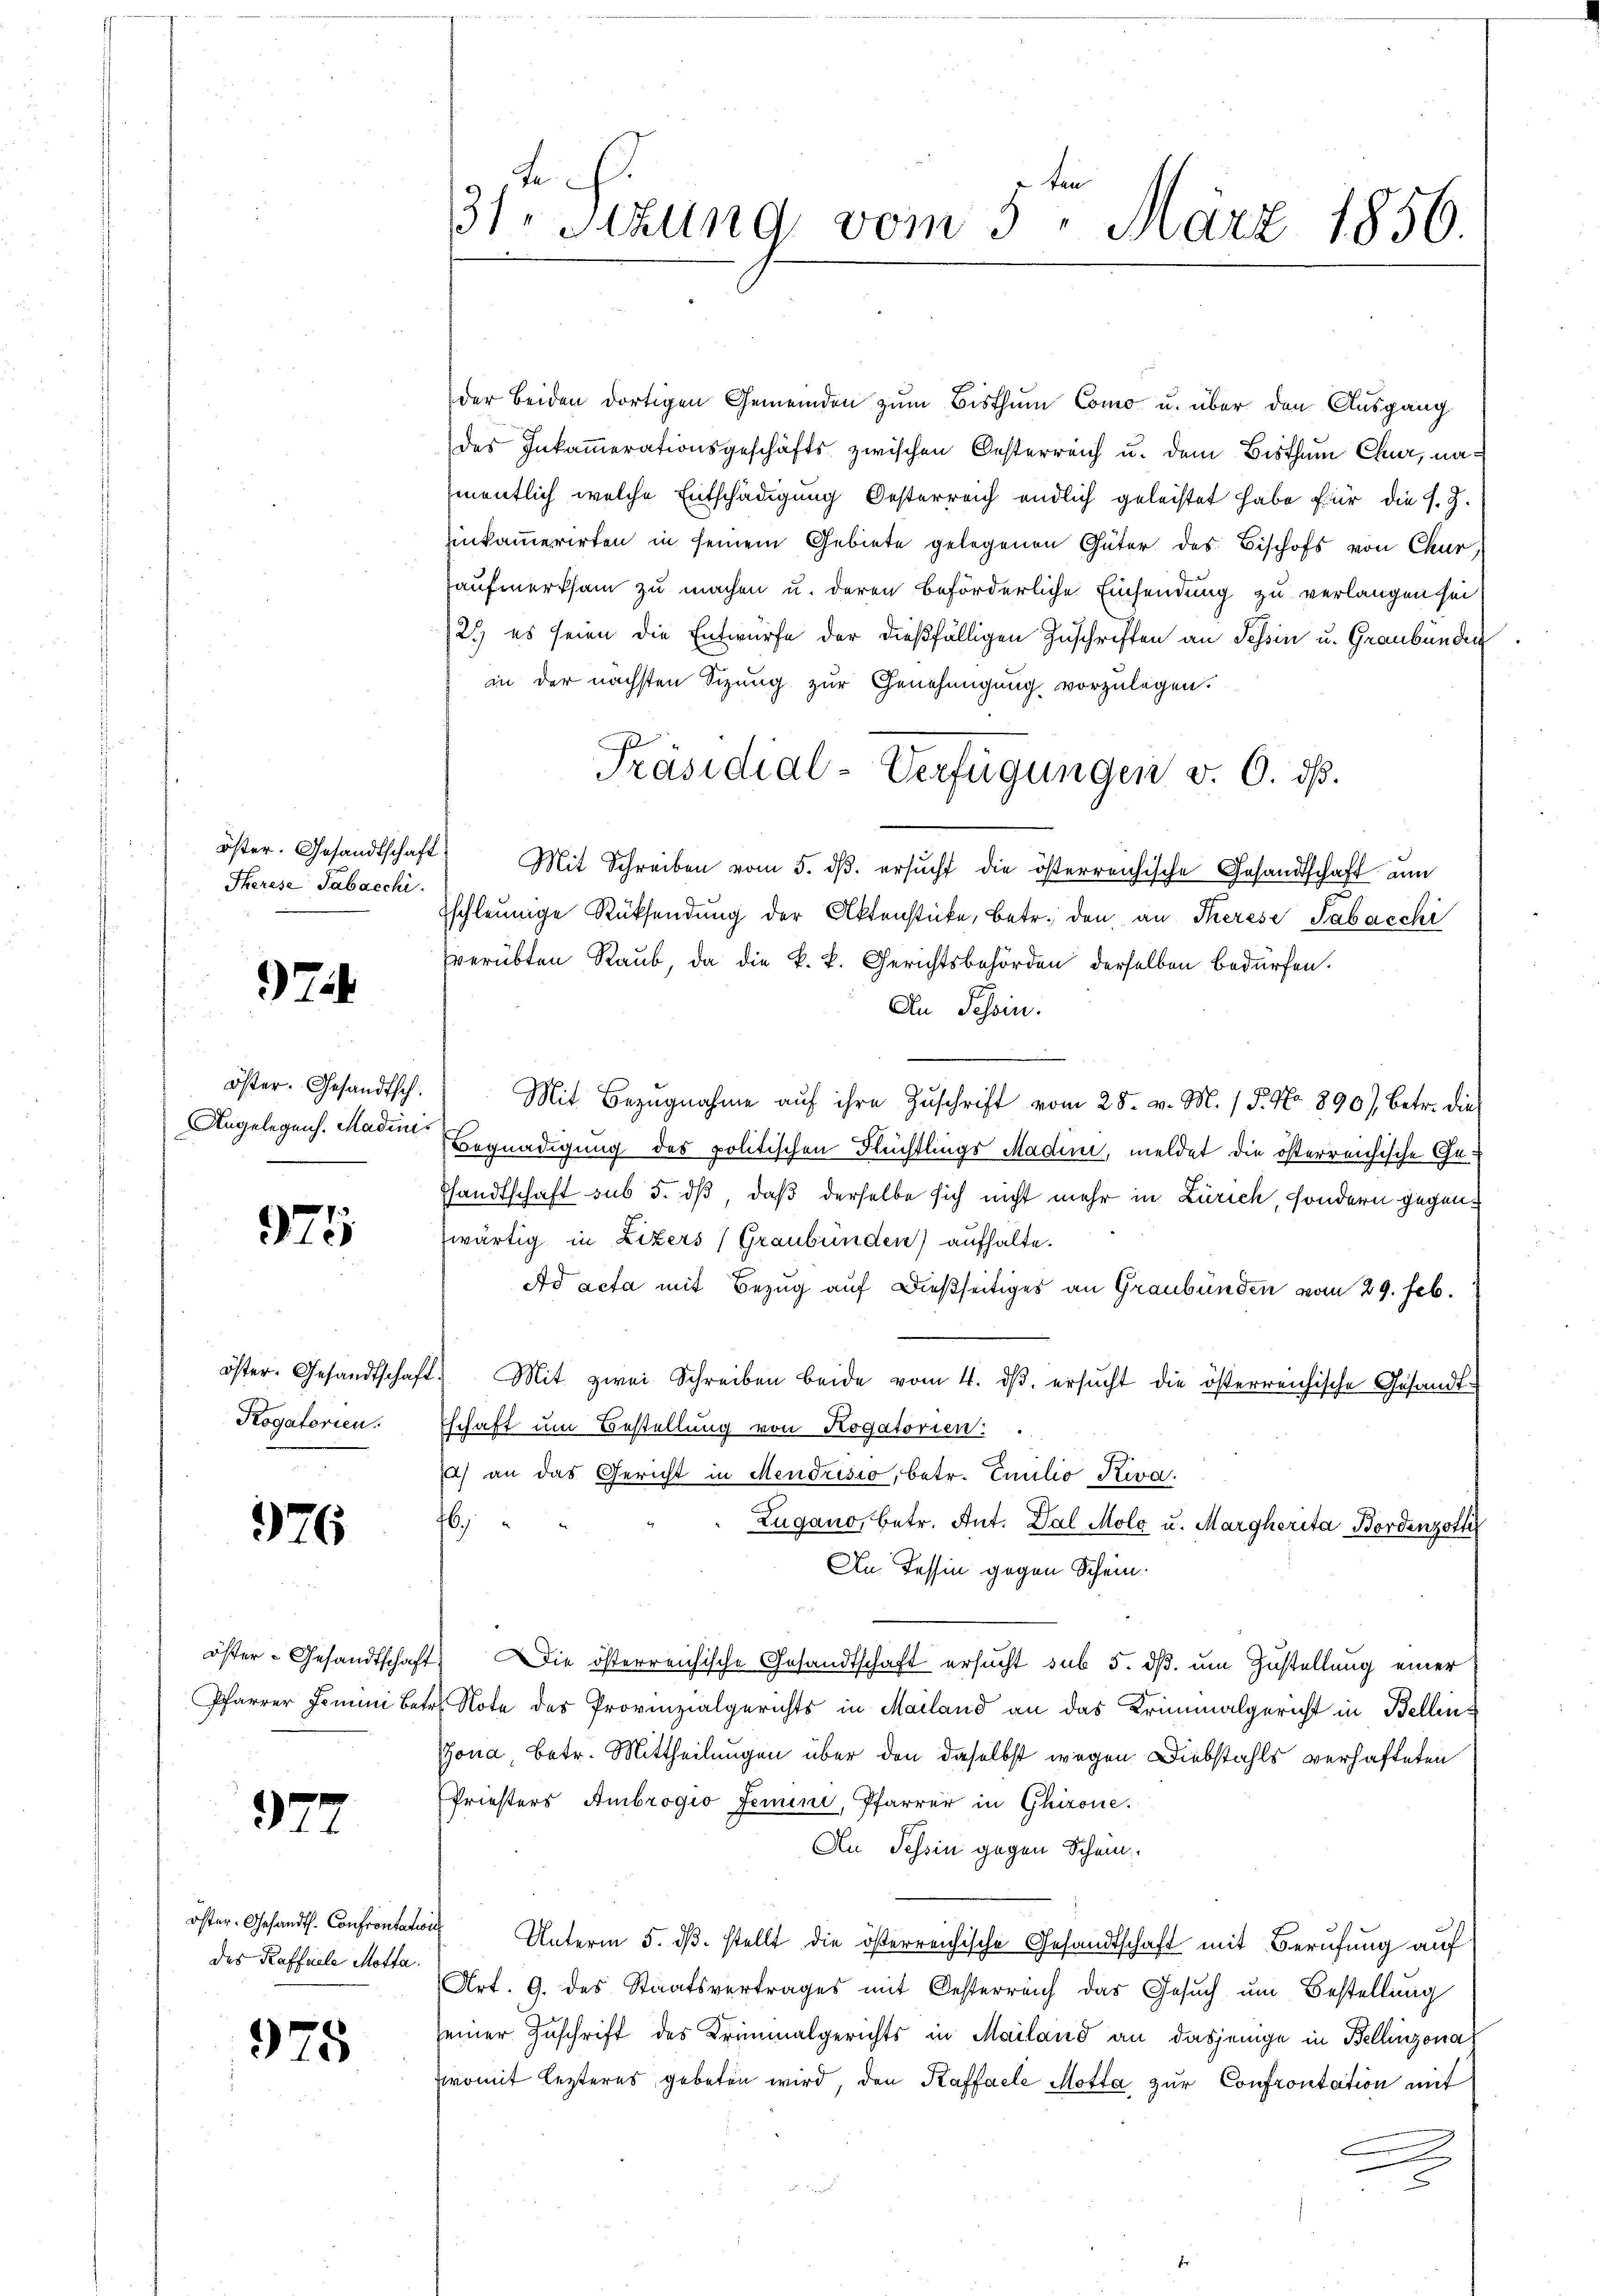
Therese Tabacchi.

37

öster. Gesandtsch.
Angelegens. Madinis

975

Rogatorien.

976

377

des Kaffeele Motta.

975

te
31. Sitzung vom 5. März 1856.

der beiden dortigen Gemeinden zum Bisthum Como u. über den Ausgang
des Inkamerationsgeschäfts zwischen Oesterreich u. dem Bisthum Chur, namentlich welche Entschädigung Oesterreich endlich geleistet habe für die s. Z.
einkammerirten in seinem Gebiete gelegenen Güter des Bischofs von Chur,
aufmerksam zu machen u. deren beförderliche Einsendung zu verlangen sei,
2.) es seien die Entwürfe der dießfälligen Zuschriften an Tessin u. Graubünden
in der nächsten Sizung zur Genehmigung vorzulegen.
öster. Gesandtschaft Mit Schreiben vom 5. dβ. ersŭcht die österreichische Gesandtschaft ŭm
sschleunige Rücksendung der Aktenstücke, betr. den an Therese Tabacchi
verübten Raub, da die k. k. Gerichtsbehörden derselben bedürfen.
An Schein.
Mit Bezugnahme auf ihre Zuschrift vom 25. v. M. / 5. No. 890), betr. die
Begnadigung des politischen Flüchtlings Madini, meldet die österreichische Gesandtschaft sub 5. dß, daß derselbe sich nicht mehr in Zürich, sondern gegenzwärtig in Lizers (Graubünden) aufhalte.
Ad acta mit Bezug auf dießseitiges an Graubünden vom 29. Feb.
öster. Gesandtschaft. Mit zwei Schreiben beide vom 4. dβ. ersŭcht die österreichische Gesandt-
schaft um Bestellung von Rogatorien:
d) an das Gericht in Mendrisio, betr. Emilio Kiva.
16,
Zugano, betr. Ant. Dal Molo u. Margherita Bordenzotti
An Tessin gegen Schein.
öster-Gesandtschaft. Die österreichische Gesandtschaft ersucht sub 5. dß. um Zustellung einer
Pfarrer Jerum betr. Note des Provinzialgerichts in Mailand an das Kriminalgericht in Bellins
Zona, Betr. Mittheilungen über den daselbst wegen Diebstahls verhafteten
Priesters Ambrogio Jemini, Pfarrer in Glizone.
An Tessin gegen Schein
öster. Gesandt. Confrontatis Unterm 5. dβ. stellt die österreichische Gesandtschaft mit Berufung auf
Art. 9. des Staatsvertrages mit Oesterreich das Gesuch um Bestellung
seiner Zuschrift des Kriminalgerichts in Mailand an dasjenige in Bellinzona
womit lezteres gebeten wird, den Kaffeele Motta zur Confrontation mit

Präsidial-Verfügungen v. 6. dß.